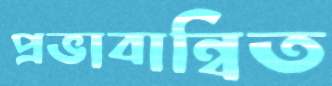
প্রভাবান্বিত